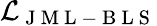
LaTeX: \mathcal{L}_{\mathrm{~J~M~L~-~B~L~S~}}